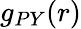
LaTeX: g_{PY}(r)